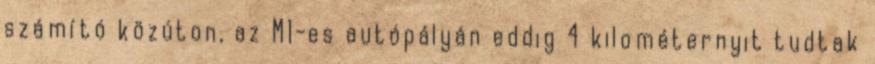
számító közúton, az M1-es autópályán eddig 4 kilométernyit tudtak